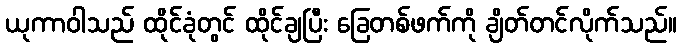
ယုကာဝါသည် ထိုင်ခုံတွင် ထိုင်ချပြီး ခြေတစ်ဖက်ကို ချိတ်တင်လိုက်သည်။